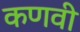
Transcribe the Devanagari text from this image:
कणवी